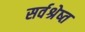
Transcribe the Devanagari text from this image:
सर्वश्रेष्त